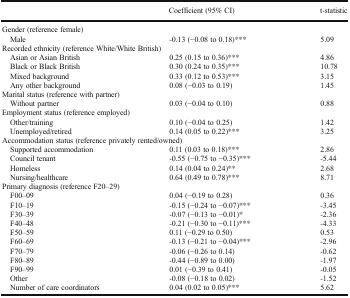
<table><thead><tr><td></td><td><b>Coefficient (95% CI)</b></td><td><b>t-statistic</b></td></tr></thead><tbody><tr><td colspan="3">Gender (reference female)</td></tr><tr><td> Male</td><td>-0.13 (−0.08 to 0.18)***</td><td>5.09</td></tr><tr><td colspan="3">Recorded ethnicity (reference White/White British)</td></tr><tr><td> Asian or Asian British</td><td>0.25 (0.15 to 0.36)***</td><td>4.86</td></tr><tr><td> Black or Black British</td><td>0.30 (0.24 to 0.35)***</td><td>10.78</td></tr><tr><td> Mixed background</td><td>0.33 (0.12 to 0.53)***</td><td>3.15</td></tr><tr><td> Any other background</td><td>0.08 (−0.03 to 0.19)</td><td>1.45</td></tr><tr><td colspan="3">Marital status (reference with partner)</td></tr><tr><td> Without partner</td><td>0.03 (−0.04 to 0.10)</td><td>0.88</td></tr><tr><td colspan="3">Employment status (reference employed)</td></tr><tr><td> Other/training</td><td>0.10 (−0.04 to 0.25)</td><td>1.42</td></tr><tr><td> Unemployed/retired</td><td>0.14 (0.05 to 0.22)***</td><td>3.25</td></tr><tr><td colspan="3">Accommodation status (reference privately rented/owned)</td></tr><tr><td> Supported accommodation</td><td>0.11 (0.03 to 0.18)***</td><td>2.86</td></tr><tr><td> Council tenant</td><td>-0.55 (−0.75 to −0.35)***</td><td>-5.44</td></tr><tr><td> Homeless</td><td>0.14 (0.04 to 0.24)**</td><td>2.68</td></tr><tr><td> Nursing/healthcare</td><td>0.64 (0.49 to 0.78)***</td><td>8.71</td></tr><tr><td colspan="3">Primary diagnosis (reference F20–29)</td></tr><tr><td> F00–09</td><td>0.04 (−0.19 to 0.28)</td><td>0.36</td></tr><tr><td> F10–19</td><td>-0.15 (−0.24 to −0.07)***</td><td>-3.45</td></tr><tr><td> F30–39</td><td>-0.07 (−0.13 to −0.01)*</td><td>-2.36</td></tr><tr><td> F40–48</td><td>-0.21 (−0.30 to −0.11)***</td><td>-4.33</td></tr><tr><td> F50–59</td><td>0.11 (−0.29 to 0.50)</td><td>0.53</td></tr><tr><td> F60–69</td><td>-0.13 (−0.21 to −0.04)***</td><td>-2.96</td></tr><tr><td> F70–79</td><td>-0.06 (−0.26 to 0.14)</td><td>-0.62</td></tr><tr><td> F80–89</td><td>-0.44 (−0.89 to 0.00)</td><td>-1.97</td></tr><tr><td> F90–99</td><td>0.01 (−0.39 to 0.41)</td><td>-0.05</td></tr><tr><td> Other</td><td>-0.08 (−0.18 to 0.02)</td><td>-1.52</td></tr><tr><td> Number of care coordinators</td><td>0.04 (0.02 to 0.05)***</td><td>5.62</td></tr></tbody></table>